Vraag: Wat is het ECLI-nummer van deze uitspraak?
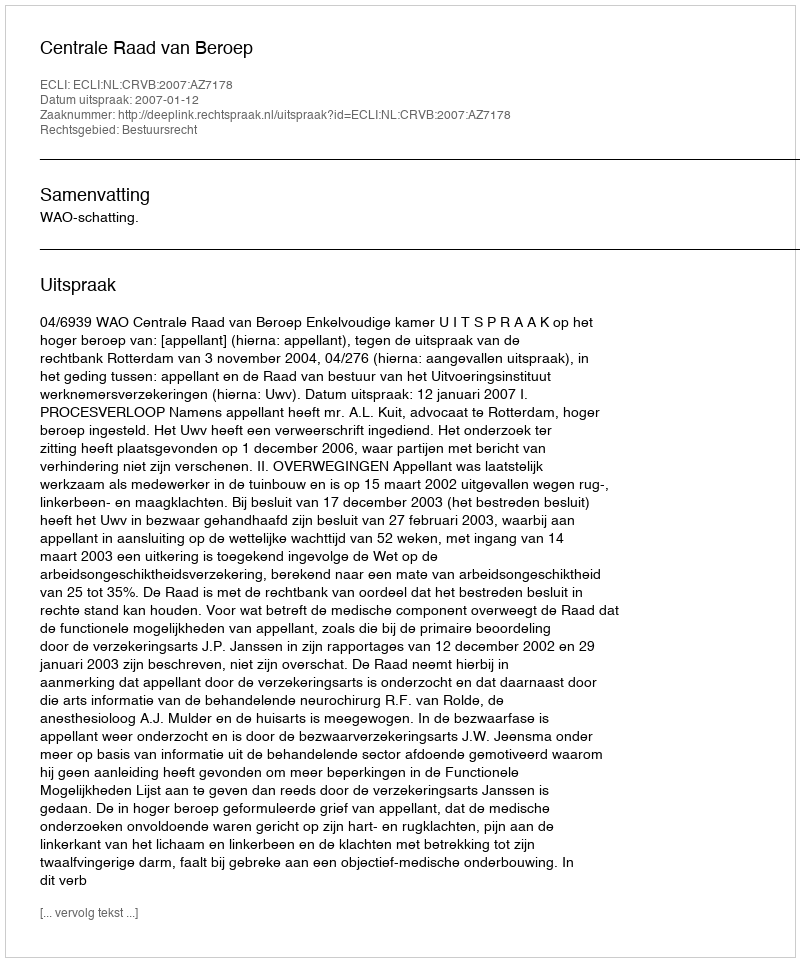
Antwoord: ECLI:NL:CRVB:2007:AZ7178